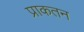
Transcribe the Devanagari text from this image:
प्राकतन